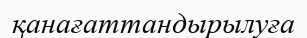
қанағаттандырылуға